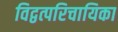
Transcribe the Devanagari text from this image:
विद्वत्परिचायिका